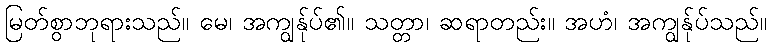
မြတ်စွာဘုရားသည်။ မေ၊ အကျွန်ုပ်၏။ သတ္တာ၊ ဆရာတည်း။ အဟံ၊ အကျွန်ုပ်သည်။